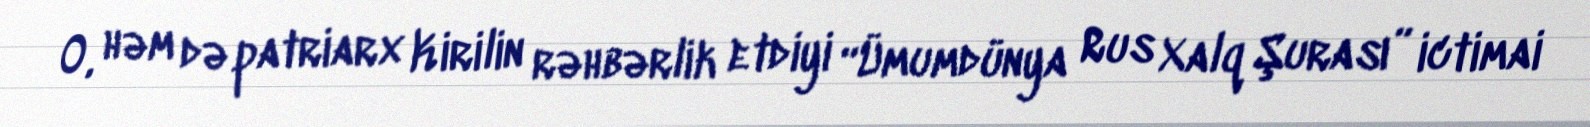
O, həm də patriarx Kirilin rəhbərlik etdiyi “Ümumdünya Rus Xalq Şurası” ictimai